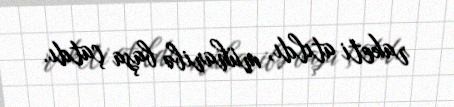
raketi atıldı, müharibə başa çatdı.